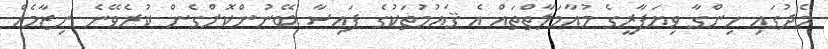
މެދުގައި ހިންގާ ވިޔަފާރީގެ މުއާމަލާތްތައް އެ ޤައުމުތަކުގެ ފައިސާ ބޭނުންކޮށްގެން ކުރެވޭނެ ނިޒާމެއް